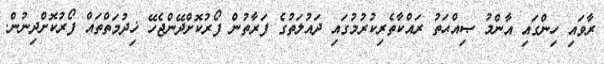
ރާވައި ހިންގައި އާންމު ޞިއްޙަތު ރައްކާތެރިކުރުމުގައި ދައުލަތުގެ ފަރާތުން ފޯރުކޮށްދޭންޖެހޭ ޚިދުމަތްތައް ފޯރުކޮށްދިނުން.